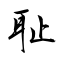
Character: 耻